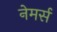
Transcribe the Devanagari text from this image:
नेमर्स